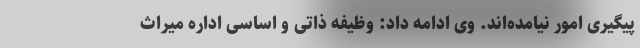
پیگیری امور نیامده‌اند. وی ادامه داد: وظیفه ذاتی و اساسی اداره میراث